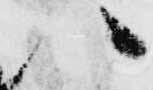
い